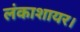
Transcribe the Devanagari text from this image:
लंकाशायर।